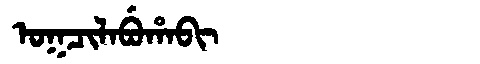
Manchu: ᠣᡴᠴᡳᠯᠠᠪᡠᡥᠠᠪᡳ
Romanization: OKCILABUHABI